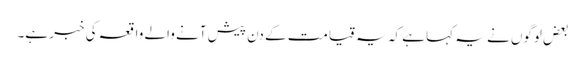
بعض لوگوں نے یہ کہا ہے کہ یہ قیامت کے دن پیش آنے والے واقعہ کی خبر ہے۔